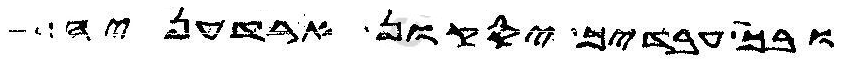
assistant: ובכל עבדיך יסקון ארדעניה